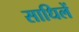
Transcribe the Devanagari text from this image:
साधिलें